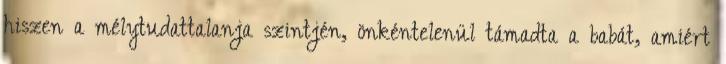
hiszen a mélytudattalanja szintjén, önkéntelenül támadta a babát, amiért